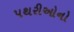
પથરીઓનો